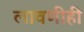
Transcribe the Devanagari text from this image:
लावणीही